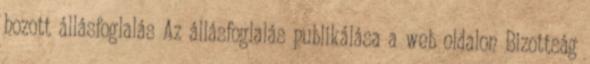
hozott állásfoglalás Az állásfoglalás publikálása a web oldalon Bizottság